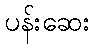
ပန်းဆေး